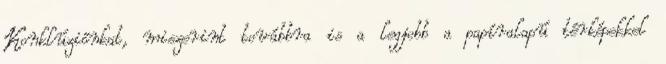
Konklúziónkat, miszerint továbbra is a legjobb a papíralapú térképekkel